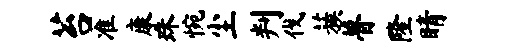
苔准康珠惋尘判伐蔟瞢隆睛